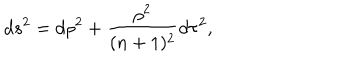
LaTeX: d s ^ { 2 } = d \rho ^ { 2 } + \frac { \rho ^ { 2 } } { ( n + 1 ) ^ { 2 } } d \tau ^ { 2 } ,